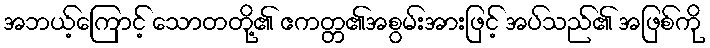
အဘယ့်ကြောင့် သောတတို့၏ ဧကတ္တ၏အစွမ်းအားဖြင့် အပ်သည်၏ အဖြစ်ကို